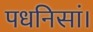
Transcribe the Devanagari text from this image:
पधनिसां।